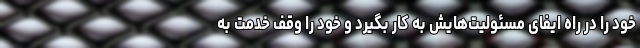
خود را در راه ایفای مسئولیت‌هایش به کار بگیرد و خود را وقف خدمت به